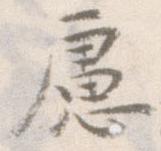
慮